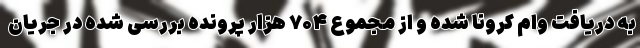
به دریافت وام کرونا شده و از مجموع ۷۰۴ هزار پرونده بررسی شده در جریان